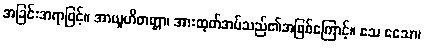
အခြင်းအရာဖြင့်။ အာယူဟိတတ္တာ၊ အားထုတ်အပ်သည်၏အဖြစ်ကြောင့်။ ဧသ ဧသော၊